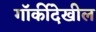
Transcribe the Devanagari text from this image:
गॉर्कीदेखील